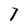
Character: 7